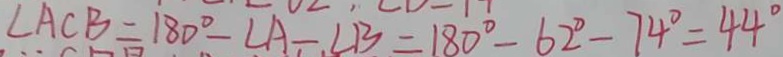
\angle A C B = 1 8 0 ^ { \circ } - \angle A - \angle B = 1 8 0 ^ { \circ } - 6 2 ^ { \circ } - 7 4 ^ { \circ } = 4 4 ^ { \circ }